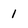
Character: 1